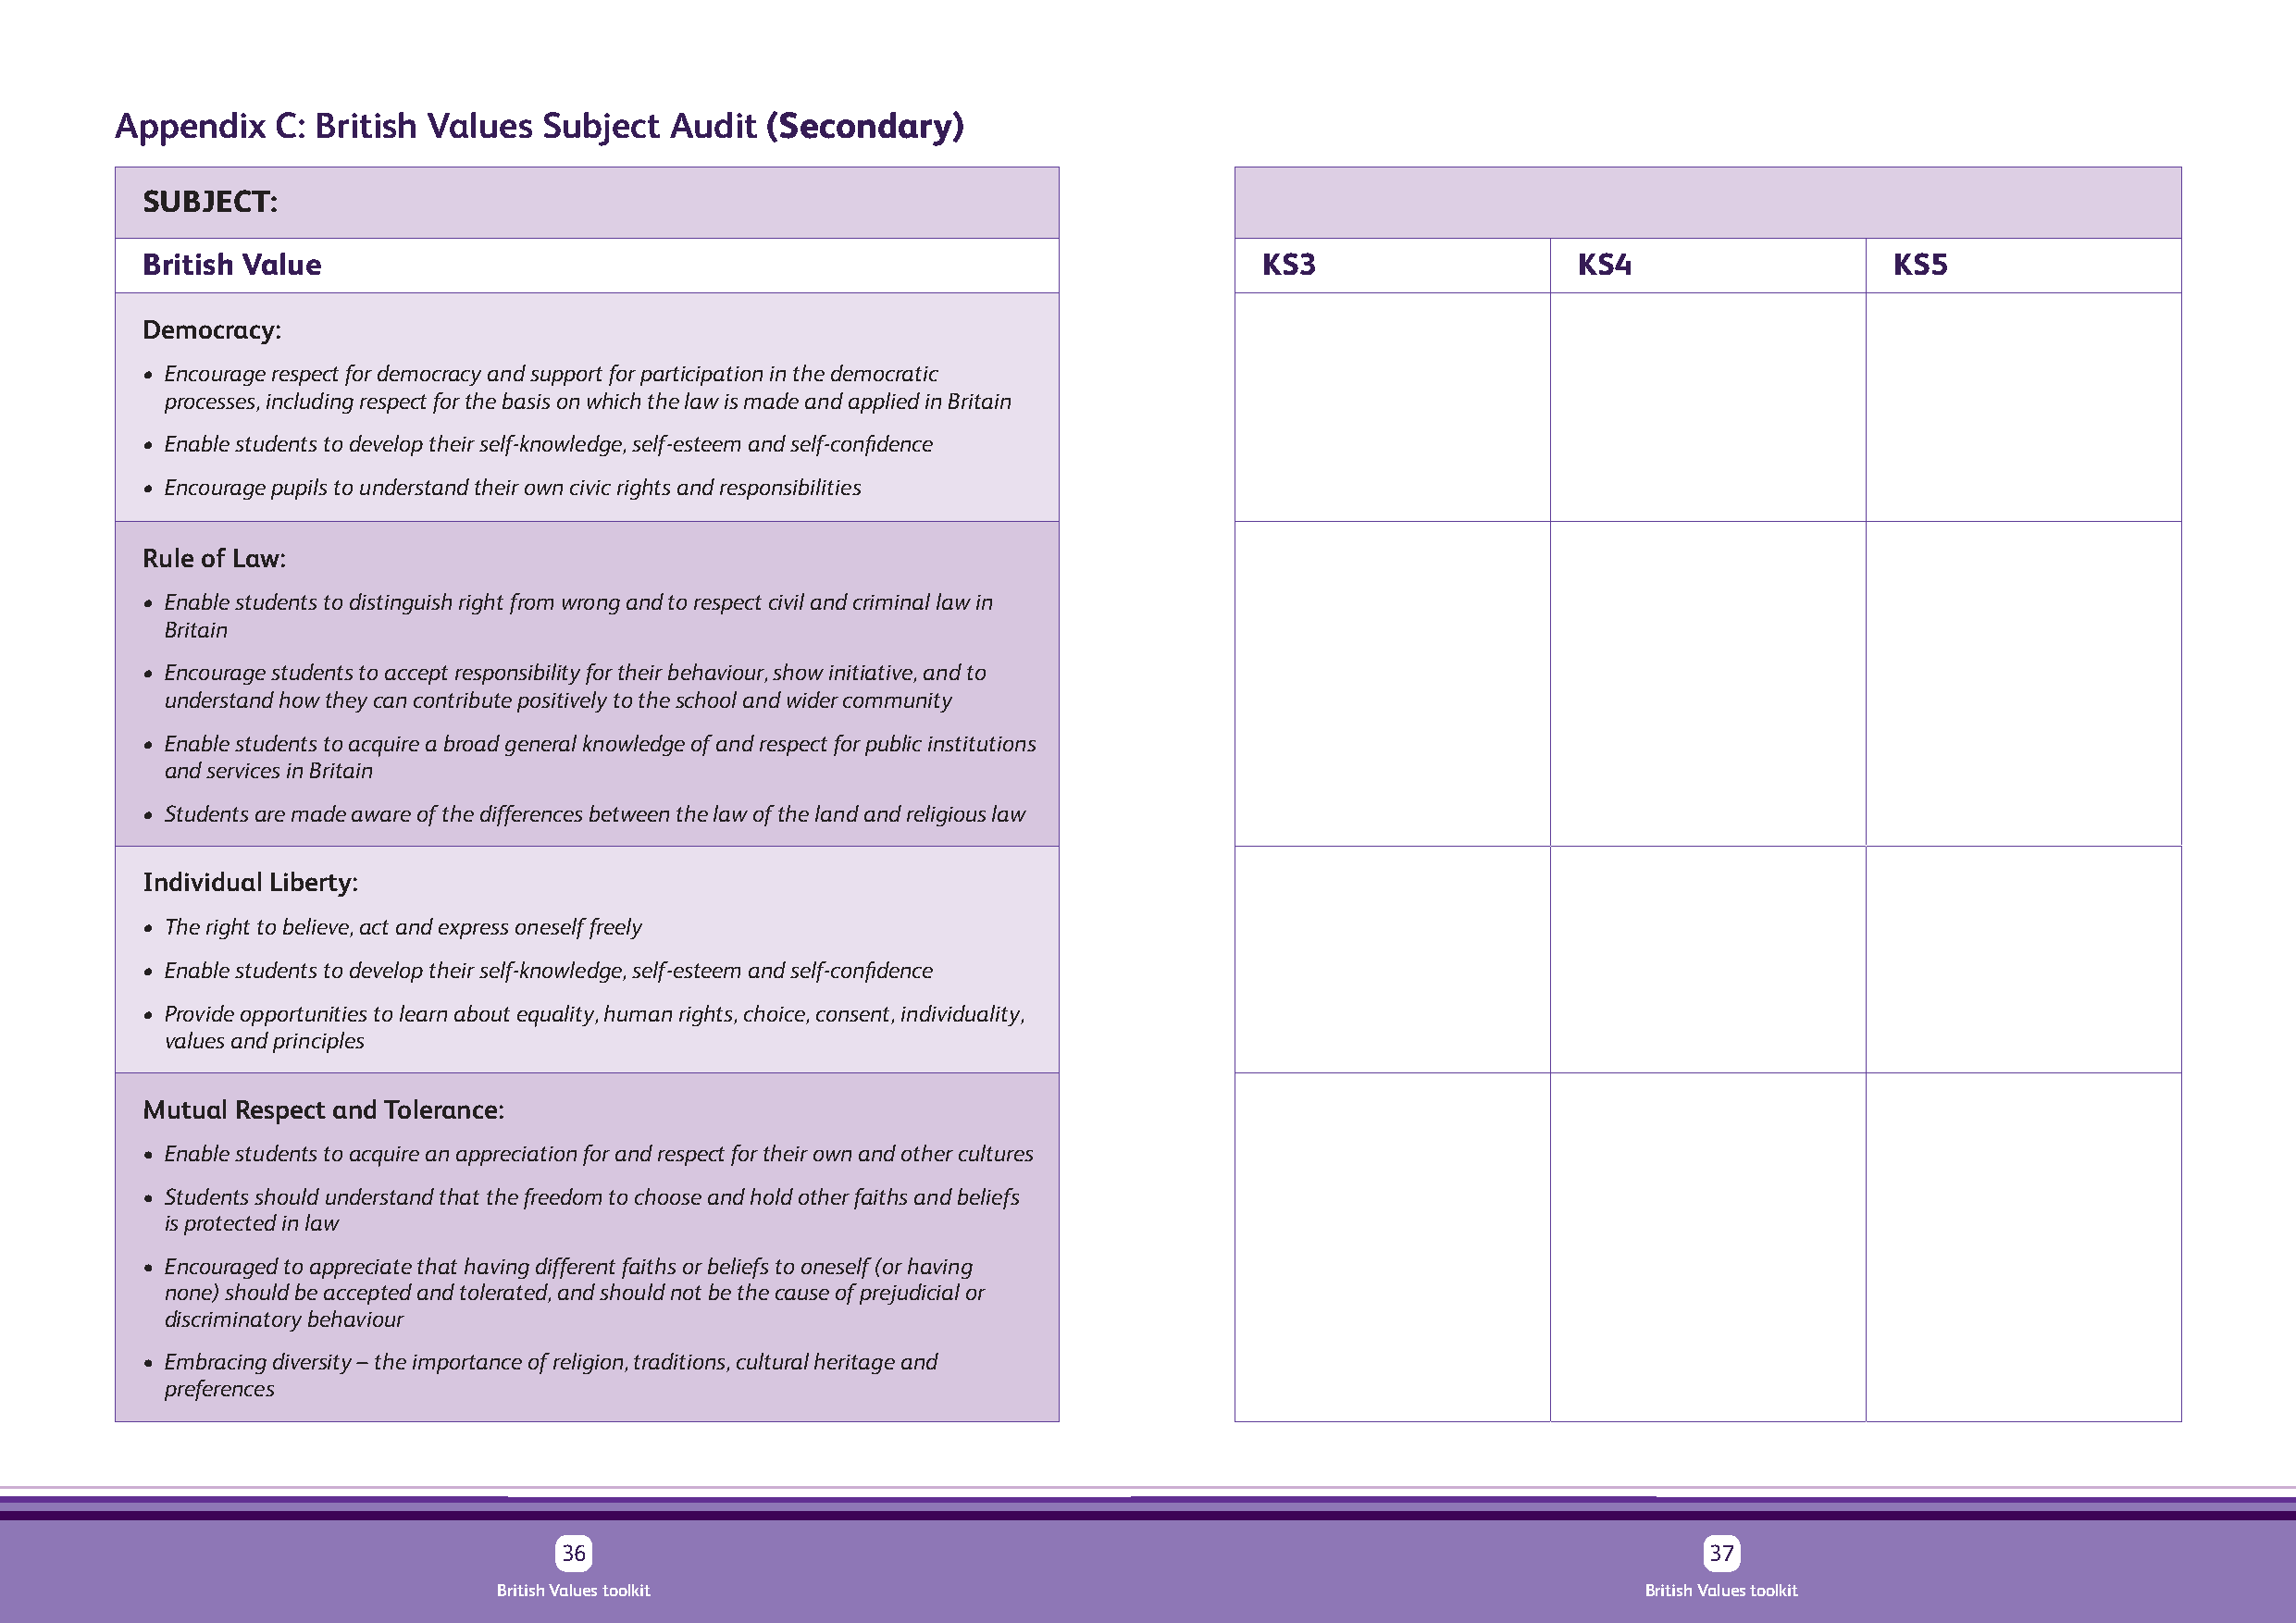
Appendix    C: British Values  Subject  Audit  (Secondary)
 SUBJECT:
 British Value                                                                   KS3                    KS4                   KS5
 Democracy:
 • Encourage respect for democracy and support for participation in the democratic
 processes, including respect for the basis on which the law is made and applied in Britain
 • Enable students to develop their self-knowledge, self-esteem and self-confidence
 • Encourage pupils to understand their own civic rights and responsibilities
 Rule of Law:
 • Enable students to distinguish right from wrong and to respect civil and criminal law in
 Britain
 • Encourage students to accept responsibility for their behaviour, show initiative, and to
 understand how they can contribute positively to the school and wider community
 • Enable students to acquire a broad general knowledge of and respect for public institutions
 and services in Britain
 • Students are made aware of the differences between the law of the land and religious law
 Individual Liberty:
 • The right to believe, act and express oneself freely
 • Enable students to develop their self-knowledge, self-esteem and self-confidence
 • Provide opportunities to learn about equality, human rights, choice, consent, individuality,
 values and principles
 Mutual Respect and Tolerance:
 • Enable students to acquire an appreciation for and respect for their own and other cultures
 • Students should understand that the freedom to choose and hold other faiths and beliefs
 is protected in law
 • Encouraged to appreciate that having different faiths or beliefs to oneself (or having
 none) should be accepted and tolerated, and should not be the cause of prejudicial or
 discriminatory behaviour
 • Embracing diversity – the importance of religion, traditions, cultural heritage and
 preferences
 36                                                                                37
 British Values toolkit                                                            British Values toolkit